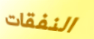
النفقات